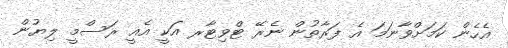
އެހެން ކަމަށްވާނަމަ އެ ފަރާތުން ނެރޭ ޓްވިޓާރ އަކީ އެއީ ރަސްމީ ލިޔުން